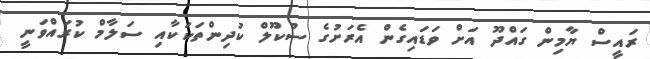
ރައީސް ޔާމިން ގައްދޫ އަށް ވަޑައިގެން އެރަށުގެ ސުކޫލް ކުދިންތަކަކާއި ސަލާމް ކުރައްވަނީ